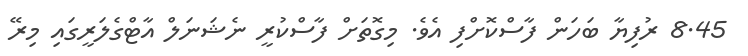
8.45 ރުފިޔާ ބަހަން ފާސްކޮށްފި އެވެ. މިގޮތަށް ފާސްކުރީ ނެޝަނަލް އާޓްގެލަރީގައި މިރޭ